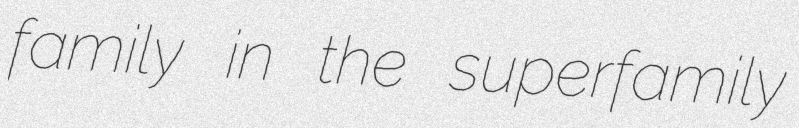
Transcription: family in the superfamily